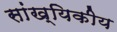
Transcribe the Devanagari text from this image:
सांख्‍यिकीय